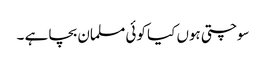
سوچتی ہوں کیا کوئی مسلمان بچا ہے ۔